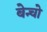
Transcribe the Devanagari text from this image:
बेन्चो